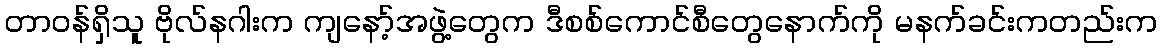
တာဝန်ရှိသူ ဗိုလ်နဂါးက ကျနော့်အဖွဲ့တွေက ဒီစစ်ကောင်စီတွေနောက်ကို မနက်ခင်းကတည်းက